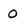
Character: 0